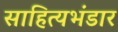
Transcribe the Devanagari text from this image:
साहित्यभंडार